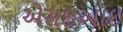
એસઇઆઇ